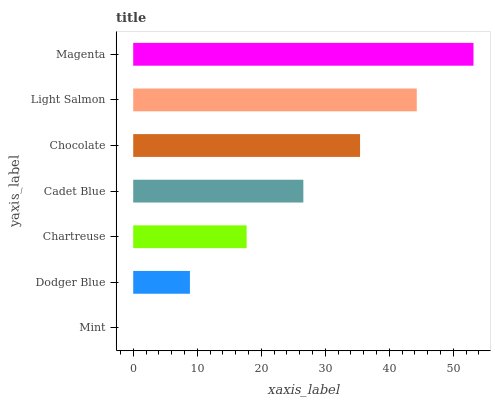
| yaxis_label | bars |
 | --- | --- |
 | Mint | 0 |
 | Dodger Blue | 8.86 |
 | Chartreuse | 17.7 |
 | Cadet Blue | 26.6 |
 | Chocolate | 35.4 |
 | Light Salmon | 44.3 |
 | Magenta | 53.2 |